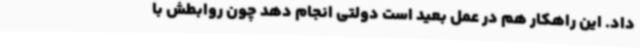
داد. این راهکار هم در عمل بعید است دولتی انجام دهد چون روابطش با